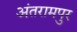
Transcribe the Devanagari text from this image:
अंतरामपुर